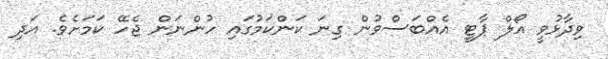
ވިދާޅުވީ އޯލް ޕާޓީ އެއްބަސްވުން ގިނަ ކަންކަމުގައި ހުންނަން ޖެހޭ ކަމަށެވެ. އަދި